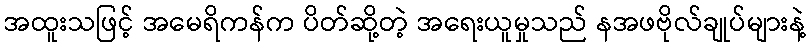
အထူးသဖြင့် အမေရိကန်က ပိတ်ဆို့တဲ့ အရေးယူမှုသည် နအဖဗိုလ်ချုပ်များနဲ့